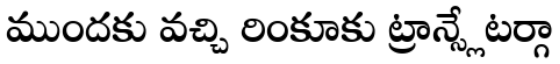
ముందకు వచ్చి రింకూకు ట్రాన్స్లేటర్గా